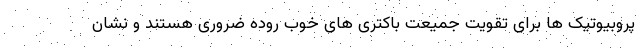
پروبیوتیک ها برای تقویت جمیعت باکتری های خوب روده ضروری هستند و نشان